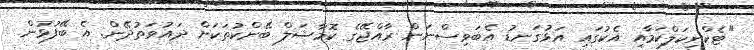
"ޓެކްނިކަލްކަމާއި އެކުގައި އަޅުގަނޑު އެބަވިސްނަން ރާއްޖޭގެ ކޮމާޝަލް ބޭންކުތަކަށް ދައުވަތުދޭން. އެ ބޭފުޅުން